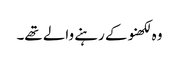
وہ لکھنو کے رہنے والے تھے۔